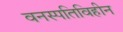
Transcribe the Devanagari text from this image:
वनस्पतिविहीन